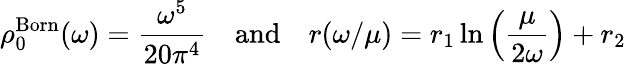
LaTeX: \rho_{0}^{\mathrm{Born}}(\omega)=\frac{\omega^{5}}{20\pi^{4}}\quad\mathrm{and}\quad r(\omega/\mu)=r_{1}\ln\left(\frac\mu{2\omega}\right)+r_{2}